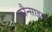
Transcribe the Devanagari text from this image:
कौन्साइन